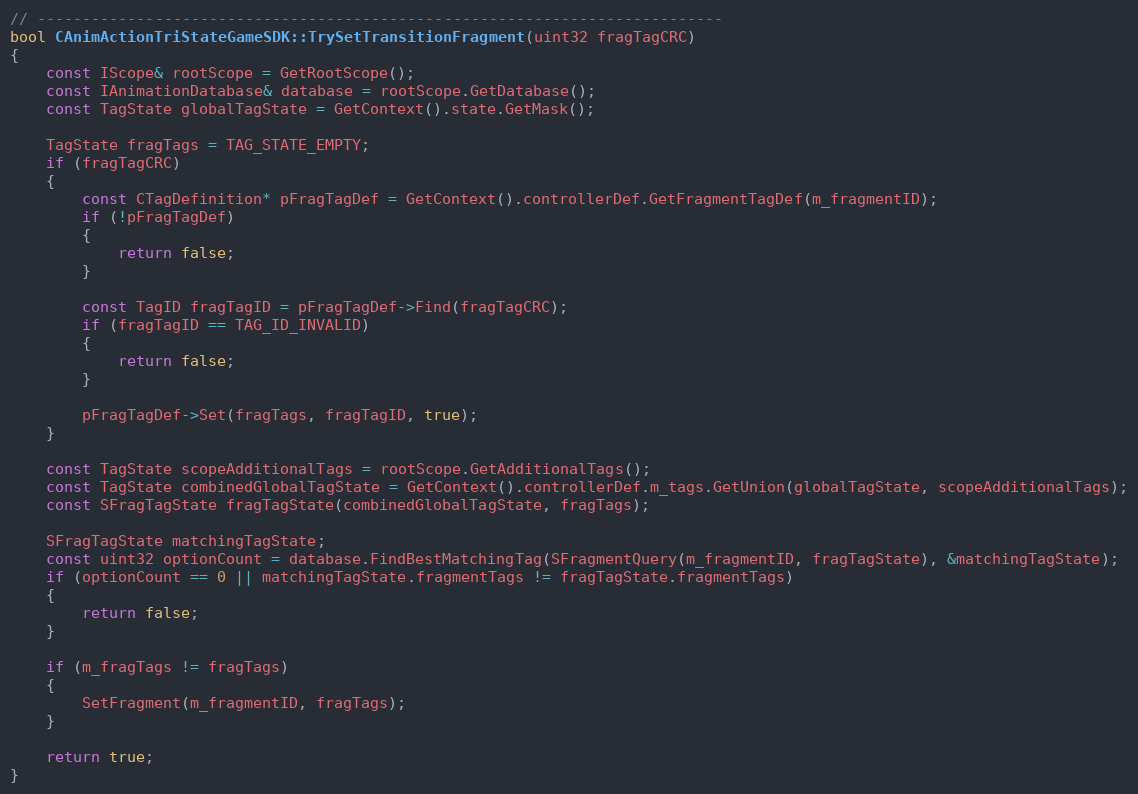
Language: C++
// ----------------------------------------------------------------------------
bool CAnimActionTriStateGameSDK::TrySetTransitionFragment(uint32 fragTagCRC)
{
	const IScope& rootScope = GetRootScope();
	const IAnimationDatabase& database = rootScope.GetDatabase();
	const TagState globalTagState = GetContext().state.GetMask();

	TagState fragTags = TAG_STATE_EMPTY;
	if (fragTagCRC)
	{
		const CTagDefinition* pFragTagDef = GetContext().controllerDef.GetFragmentTagDef(m_fragmentID);
		if (!pFragTagDef)
		{
			return false;
		}

		const TagID fragTagID = pFragTagDef->Find(fragTagCRC);
		if (fragTagID == TAG_ID_INVALID)
		{
			return false;
		}

		pFragTagDef->Set(fragTags, fragTagID, true);
	}

	const TagState scopeAdditionalTags = rootScope.GetAdditionalTags();
	const TagState combinedGlobalTagState = GetContext().controllerDef.m_tags.GetUnion(globalTagState, scopeAdditionalTags);
	const SFragTagState fragTagState(combinedGlobalTagState, fragTags);

	SFragTagState matchingTagState;
	const uint32 optionCount = database.FindBestMatchingTag(SFragmentQuery(m_fragmentID, fragTagState), &matchingTagState);
	if (optionCount == 0 || matchingTagState.fragmentTags != fragTagState.fragmentTags)
	{
		return false;
	}

	if (m_fragTags != fragTags)
	{
		SetFragment(m_fragmentID, fragTags);
	}

	return true;
}